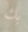
بك